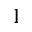
1